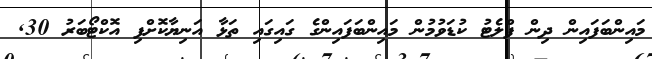
މައިންބަފައިން ދިން ފްލެޓު ކުޑަވުމުން މައިންބަފައިންގެ ގައިގައި ތަޅާ އަނިޔާކޮށްފި އޮކްޓޯބަރު 30